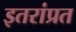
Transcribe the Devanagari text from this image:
इतरांप्रत